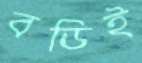
বডিই